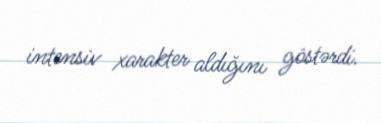
intensiv xarakter aldığını göstərdi.